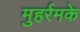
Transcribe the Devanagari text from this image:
मुहर्रमके